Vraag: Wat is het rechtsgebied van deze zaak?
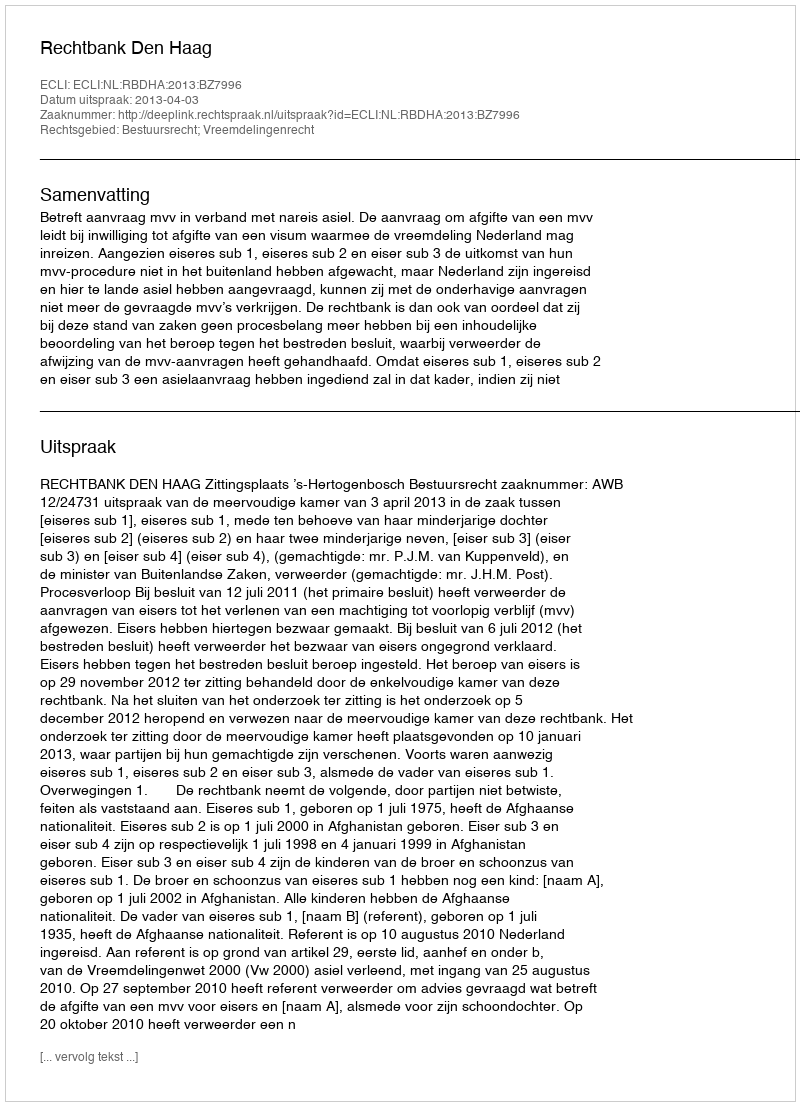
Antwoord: Bestuursrecht; Vreemdelingenrecht